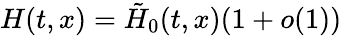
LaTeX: H(t,x)=\tilde{H}_{0}(t,x)(1+o(1))